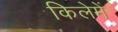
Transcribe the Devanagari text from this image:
किलेमें